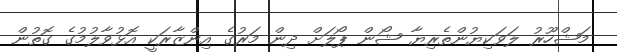
މަޝްހޫރު ލަވަކިޔުންތެރިޔާ ޝޯން ޕޯލަށް ދިން މަރުގެ އިންޒާރަކީ އޮޅުވާލުމުގެ ގޮތުން